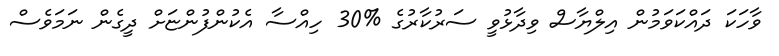
ވާހަކަ ދައްކަވަމުން އިލްޔާސް ވިދާޅުވީ ސަރުކާރުގެ %30 ހިއްސާ އެކުންފުންޏަށް ދީގެން ނަމަވެސް